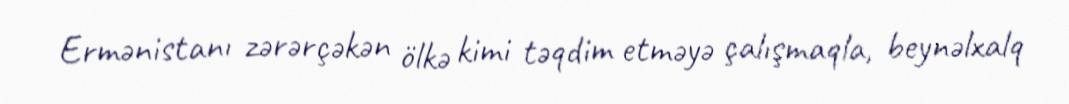
Ermənistanı zərərçəkən ölkə kimi təqdim etməyə çalışmaqla, beynəlxalq